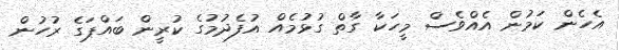
އެހެން ކަމުން އެއްވެސް މީހަކާ ގާތް ގުޅުމެއް އުފެދުމުގެ ކުރީން ބައްޕަގެ ރުހުން